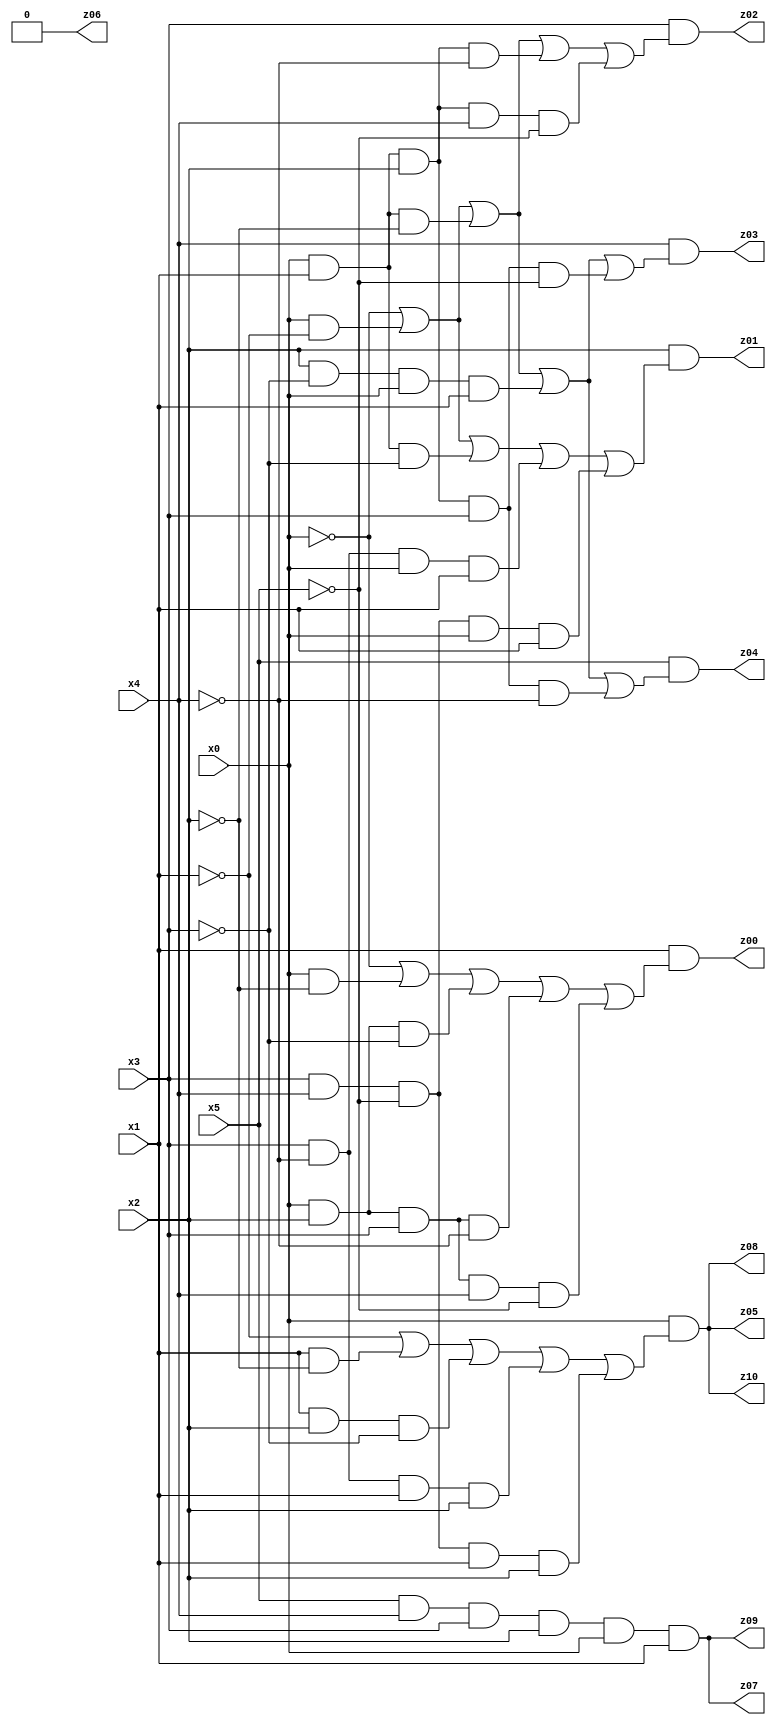
// Benchmark "X_64" written by ABC on Mon Jun 12 14:48:04 2023

module X_64 ( 
    x0, x1, x2, x3, x4, x5,
    z00, z01, z02, z03, z04, z05, z06, z07, z08, z09, z10  );
  input  x0, x1, x2, x3, x4, x5;
  output z00, z01, z02, z03, z04, z05, z06, z07, z08, z09, z10;
  assign z00 = x1 & (~x0 | (x0 & ~x2) | (x0 & x2 & ~x3) | (x0 & x2 & x3 & ~x4) | (x0 & x2 & x3 & x4 & ~x5));
  assign z01 = x2 & (~x0 | (x0 & ~x1) | (x0 & x1 & ~x3) | (x3 & ~x4 & x0 & x1) | (x3 & x4 & ~x5 & x0 & x1));
  assign z02 = x3 & (~x0 | (x0 & ~x1) | (x0 & x1 & ~x2) | (x0 & x1 & x2 & ~x4) | (x0 & x1 & x2 & x4 & ~x5));
  assign z03 = x4 & (~x0 | (x0 & ~x1) | (x0 & x1 & ~x2) | (x2 & ~x3 & x0 & x1) | (x0 & x1 & x2 & x3 & ~x5));
  assign z04 = x5 & (~x0 | (x0 & ~x1) | (x0 & x1 & ~x2) | (x2 & ~x3 & x0 & x1) | (x0 & x1 & x2 & x3 & ~x4));
  assign z05 = x0 & (~x1 | (x1 & ~x2) | (x1 & x2 & ~x3) | (x3 & ~x4 & x1 & x2) | (x3 & x4 & ~x5 & x1 & x2));
  assign z06 = 1'b0;
  assign z07 = x5 & x4 & x3 & x2 & x0 & x1;
  assign z08 = x0 & (~x1 | (x1 & ~x2) | (x1 & x2 & ~x3) | (x3 & ~x4 & x1 & x2) | (x3 & x4 & ~x5 & x1 & x2));
  assign z09 = x5 & x4 & x3 & x2 & x0 & x1;
  assign z10 = x0 & (~x1 | (x1 & ~x2) | (x1 & x2 & ~x3) | (x3 & ~x4 & x1 & x2) | (x3 & x4 & ~x5 & x1 & x2));
endmodule